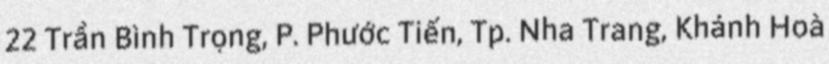
22 Trần Bình Trọng, P. Phước Tiến, Tp. Nha Trang, Khánh Hoà